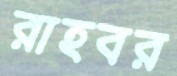
রাহবর